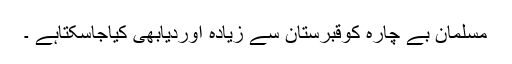
مسلمان بے چارہ کوقبرستان سے زیادہ اوردیابھی کیاجاسکتاہے ۔